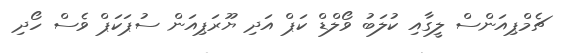
ޗެމްޕިއަންސް ލީގާއި ކުލަބު ވޯލްޑް ކަޕް އަދި ޔޫރަޕިއަން ސުޕަކަޕް ވެސް ހޯދި